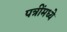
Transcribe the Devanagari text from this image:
पत्रींमध्ये